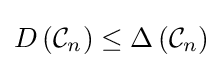
D\left({\mathcal {C}}_{n}\right)\leq \Delta \left({\mathcal {C}}_{n}\right)